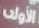
الأولى